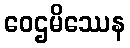
ဝေဌမိဿေန